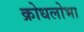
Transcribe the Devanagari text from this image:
क्रोधलोभा